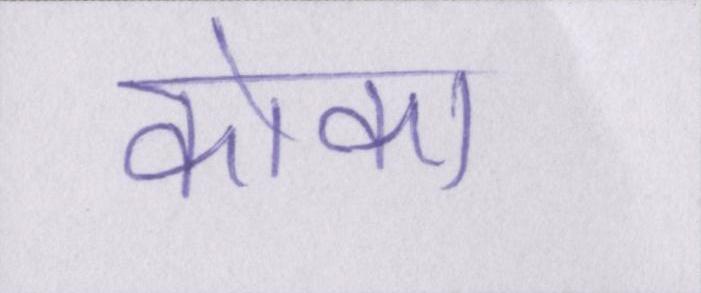
कोका